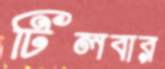
টিলবার